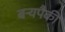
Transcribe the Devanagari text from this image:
बर्‍यपैकी